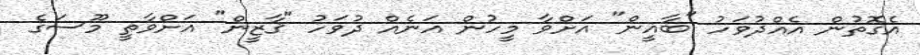
އެގޮތުން އެއްދުވަހު "ބާޣީން" އަށްވާ މީހުން އަނެއް ދުވަހު "ޤާޒީން" އަށްވާތީ މޫސަގެ